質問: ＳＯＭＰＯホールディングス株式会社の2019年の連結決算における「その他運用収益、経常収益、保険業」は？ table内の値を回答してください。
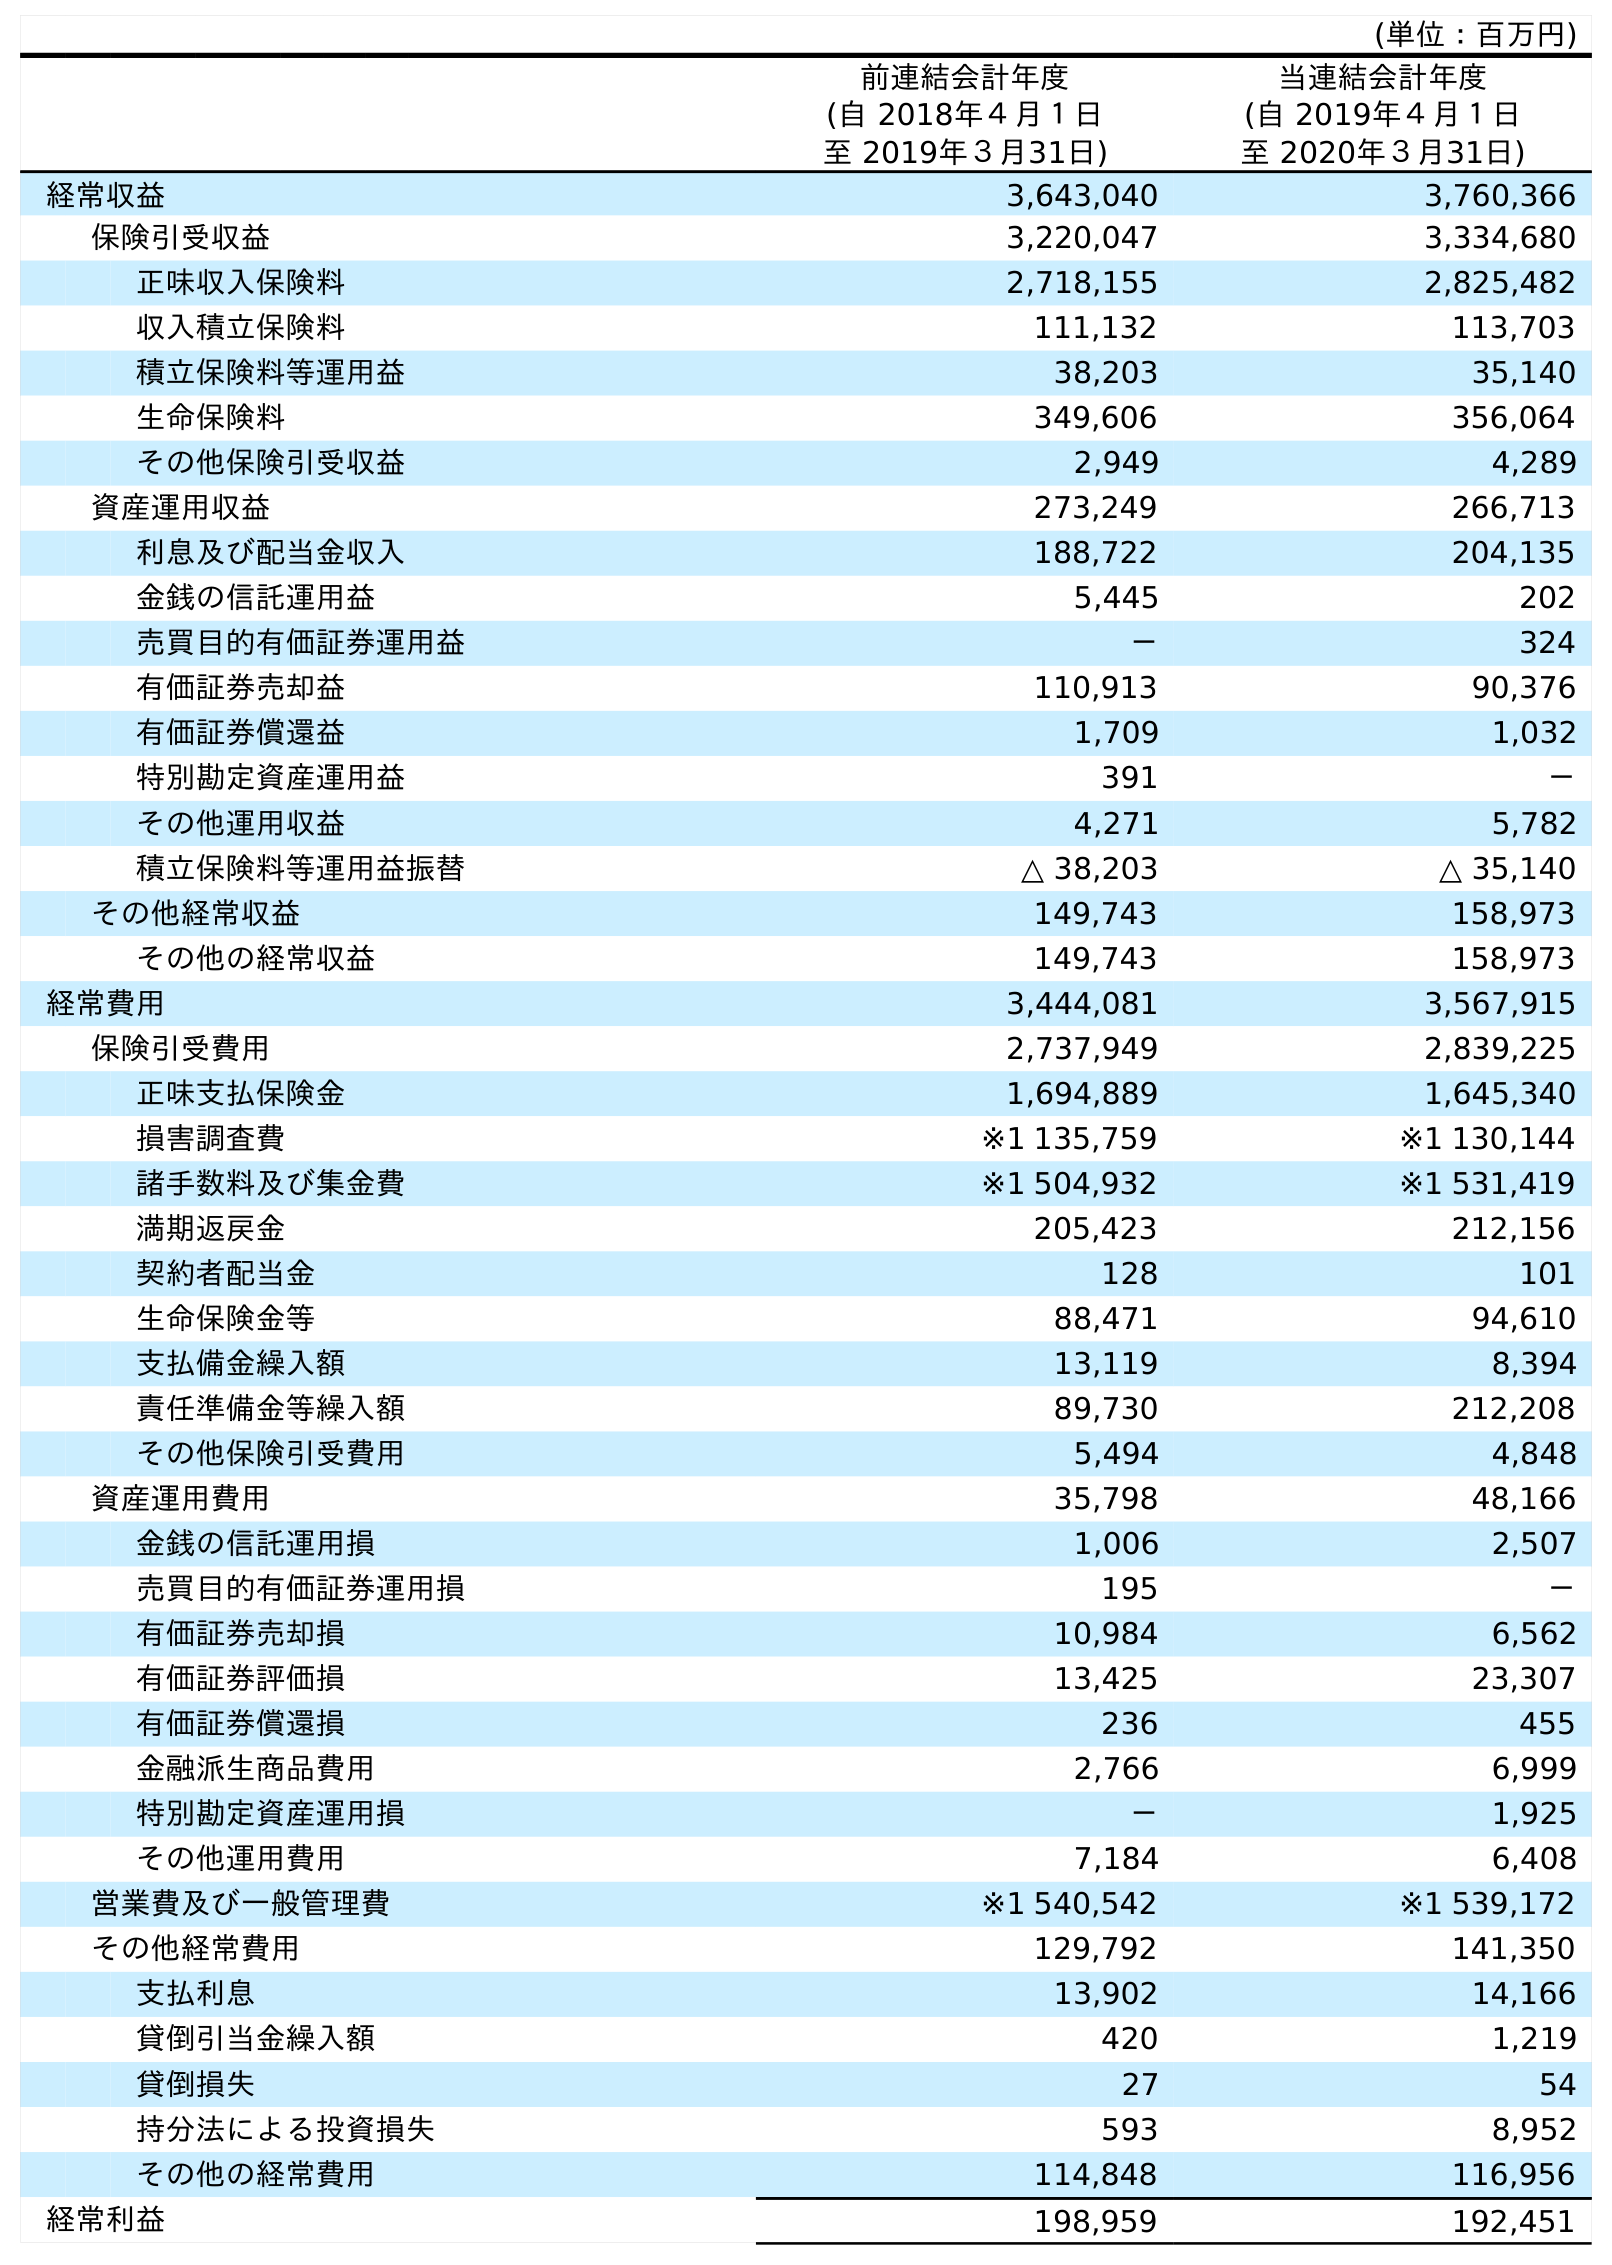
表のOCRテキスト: (単位：百万円) 前連結会計年度 (自 2018年４月１日 至 2019年３月31日) 当連結会計年度 (自 2019年４月１日 至 2020年３月31日) 経常収益 3,643,040 3,760,366 保険引受収益 3,220,047 3,334,680 正味収入保険料 2,718,155 2,825,482 収入積立保険料 111,132 113,703 積立保険料等運用益 38,203 35,140 生命保険料 349,606 356,064 その他保険引受収益 2,949 4,289 資産運用収益 273,249 266,713 利息及び配当金収入 188,722 204,135 金銭の信託運用益 5,445 202 売買目的有価証券運用益 － 324 有価証券売却益 110,913 90,376 有価証券償還益 1,709 1,032 特別勘定資産運用益 391 － その他運用収益 4,271 5,782 積立保険料等運用益振替 △ 38,203 △ 35,140 その他経常収益 149,743 158,973 その他の経常収益 149,743 158,973 経常費用 3,444,081 3,567,915 保険引受費用 2,737,949 2,839,225 正味支払保険金 1,694,889 1,645,340 損害調査費 ※1 135,759 ※1 130,144 諸手数料及び集金費 ※1 504,932 ※1 531,419 満期返戻金 205,423 212,156 契約者配当金 128 101 生命保険金等 88,471 94,610 支払備金繰入額 13,119 8,394 責任準備金等繰入額 89,730 212,208 その他保険引受費用 5,494 4,848 資産運用費用 35,798 48,166 金銭の信託運用損 1,006 2,507 売買目的有価証券運用損 195 － 有価証券売却損 10,984 6,562 有価証券評価損 13,425 23,307 有価証券償還損 236 455 金融派生商品費用 2,766 6,999 特別勘定資産運用損 － 1,925 その他運用費用 7,184 6,408 営業費及び一般管理費 ※1 540,542 ※1 539,172 その他経常費用 129,792 141,350 支払利息 13,902 14,166 貸倒引当金繰入額 420 1,219 貸倒損失 27 54 持分法による投資損失 593 8,952 その他の経常費用 114,848 116,956 経常利益 198,959 192,451
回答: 4,271